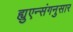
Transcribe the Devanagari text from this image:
ह्युएन्संगनुसार